Medical and sanitary report of the native army of Bengal for the year
Year: 1878
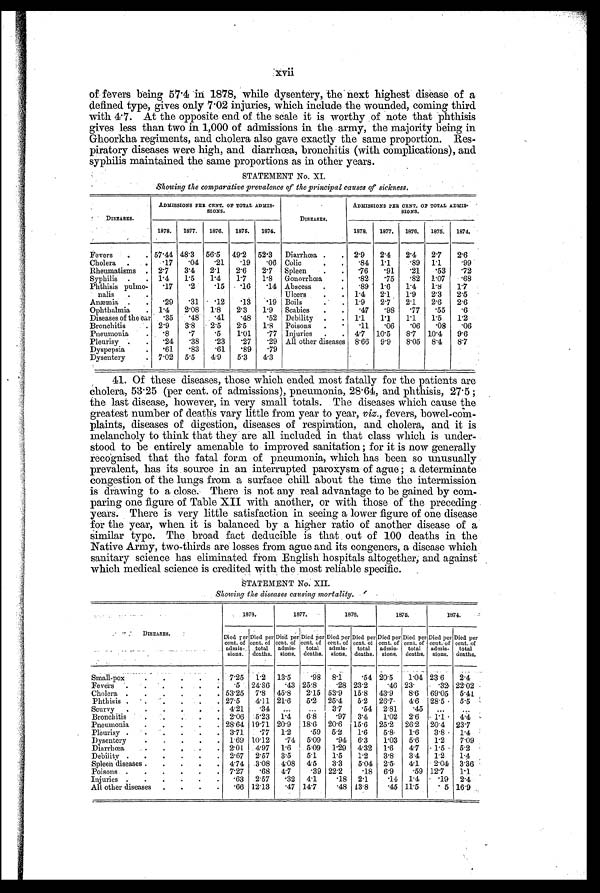
of fevers being 57.4 in 1878, while dysentery, the next highest disease of a
defined type, gives only 7.02 injuries, which include the wounded, coming third
with 4.7. At the opposite end of the scale it is worthy of note that phthisis
gives less than two in 1,000 of admissions in the army, the majority being in
Ghoorkha regiments, and cholera also gave exactly the same proportion. Res-
piratory diseases were high, and diarrhœa, bronchitis (with complications), and
syphilis maintained the same proportions as in other years.
•
STATEMENT No. XI.
•
Showing the comparative prevalence of the principal causes of sickness.
DISEASES.
ADMISSIONS PER CENT. ON TOTAL AMMO-
SIONS.
DISEASES.
ADMISSIONS PER CENT. OF TOTAL ADMIS
-
SIONS.
1878. 1877. 1876. 1875. 1874.
1878. 1877. 1876. 1875. 1874.
Fevers . . 57.44 48.3 56.5 49.2 52. 3 Diarrhœa . . 2.9 2.4 2.4 2.7 2 . 6
Cholera . .
.17 .04 .21
. 1 9 .06 Colic
. . .84 1.1. .89 1.1 .99
Rheumatisms . 2. 7
3.4 2.1 2. 6
2.7 Spleen . . .76 .91 .21
. 53 .72
Syphilis . . 1.4 1. 5
1.4 1. 7
1.8 Gonorrhœa
. .82 .75 .82 1.07 .68
Phthisis pulmo-
nails . .
.17 .2 .15 .16 .14 Abscess . . .89 1.6 1.4 1.8 1.7
Ulcers . . 1.4 2.1 1.9 2.3 2.5
Anœmia . .
.29 .31 .12 .13 .19 Boils
. . 1.9 2.7 2.1 2.6 2 . 6
Ophthalmia . 1.4 2.08 1. 8
2.3 1. 9 Scabies . . .47 .98 .77
. 55 .6
Diseases of the ear .35 .48 .41 .48 .52 Debility . . 1.1 1.1 1.1 1.5 1 . 2
Bronchitis
. 2.9 3. 8 2.5 2. 5
1.8 Poisons . . .11 .06 .06
. 08 .06
Pneumonia . .8 .7 .5 1.01 .77 Injuries . . 4.7 10.5 8.7 10. 4
9 . 6
Pleurisy . . .24 .38 .23
. 2 7 .29 All other diseases 8.66 9.9 8.05 8.4 8 . 7
Dyspepsia
. .61 .83 .61 .89 .79
Dysentery
. 7.02 5.5 4. 9
5.3 4.3
41. Of these diseases, those which ended. most fatally for the patients are
cholera, 53.25 (per cent. of admissions), pneumonia, 28.64, and phthisis, 27.5 ;
the last disease, however, in very small totals. The diseases which cause the
greatest number of deaths vary little from year to year, viz., fevers, bowel-com-
plaints, diseases of digestion, diseases of respiration, and cholera, and it is
melancholy to think that they are all included in that class which is under-
stood to be entirely amenable to improved sanitation; for it is now generally
recognised that the fatal form of pneumonia, which has been so unusually
prevalent, has its source in an interrupted paroxysm of ague ; a determinate
congestion of the lungs from a surface chill about the time the intermission
is drawing to a close. There is not any real advantage to be gained by com-
paring one figure of Table XII with another, or with those of the preceding
years. There is very little satisfaction in seeing a lower figure of one disease
for the year, when it is balanced by a higher ratio of another disease of a
Similar type. The broad fact deducible is that . out of 100 deaths in the
Native Army, two-thirds are losses from ague and its congeners, a disease which
sanitary science has eliminated from English hospitals altogether; and against
which medical science is credited with the most reliable specific.
STATEMENT No. XII.
Showina the diseases causina mortality.
1 8 7 8 .
1877.
1 8 7 6 .
1875.
1874.
DISEASES.
Died per
cent. of
admis- sions.
Died per
cent. of
total
deaths.
Died per
cent. of
admis- sions.
Died per
cent. of
total
deaths.
Died per
cent. of
admis- sions,
Died per
cent. of
total
deaths.
Died per
cent. of
adtnis- sions.
Died per
cent. of
total
deaths,
Died per
cent. of
admis- sions.
Died per
cent. of
total
deaths.
Small-pox
. . . . . 7.25 l.2 13.5 .98 8.1 .54 20.5 1.04 23.6 2.4
Fevers .
.
. . . . .5 24.86 .43 25.8 .28 23.2 .46 23.
.32 22.02
Cholera .
. . . . . 53.25 7.8 45.8 2.15 53.9 15.8 43.9 8.6 69.05 5.41
Phthisis . .
.
.
. .
27.5 4.11 21.6 5 . 2 25.4 5.2 26.7 4.6 28.5 5.5
Scurvy
. . . . . 4.21 .34 ... ... 3.7 .54 2.81 .45 ... ...
Bronchitis
. . 2.06 5.23 1.4 6.8 .97 3.4 1.02 2.6 1.1 4.4
Pneumonia . . . . . 28.64 19 71 20.9 18.6 20.6 15.6 25.2 26.2 20.4 23.7
Pleurisy . . . . . . 3.71 .77 1.2 .5.9 5.2 1.6 5.8 1.6 3.8, 1.4
Dysentery . . . . . 1.69 10.12 .74 5.09 .94 6.3 1.03 5.6 1.2 7.09 .
Diarrhœa
•
. • 2.01 4.97 1.6 5.09 1'29 4.32 1'6 4.7 1.5 • 5.2
Debility . . . . . . 2.67 2.57 3.5 5 . 1
1.5 1.2 3.8 3.4 1.2 1.4
Spleen diseases . . . . . 4.74 .3.08 4.08 4 . 5
3.3 5.04 2.5 4.1 2.04 3.86 '
Poisons . . . . . . 7.27 .68 4.7 .39 22.2 .18 6.9 .59 12.7 1.1
Injuries . . . . . . .63 2.57 .32 4.1
.18 2.1 .14 1.4 .19 2.4
All other diseases . . . . .66 12.13 .47 14. 7
.48 13.8 .45 11.5
.5 16.9